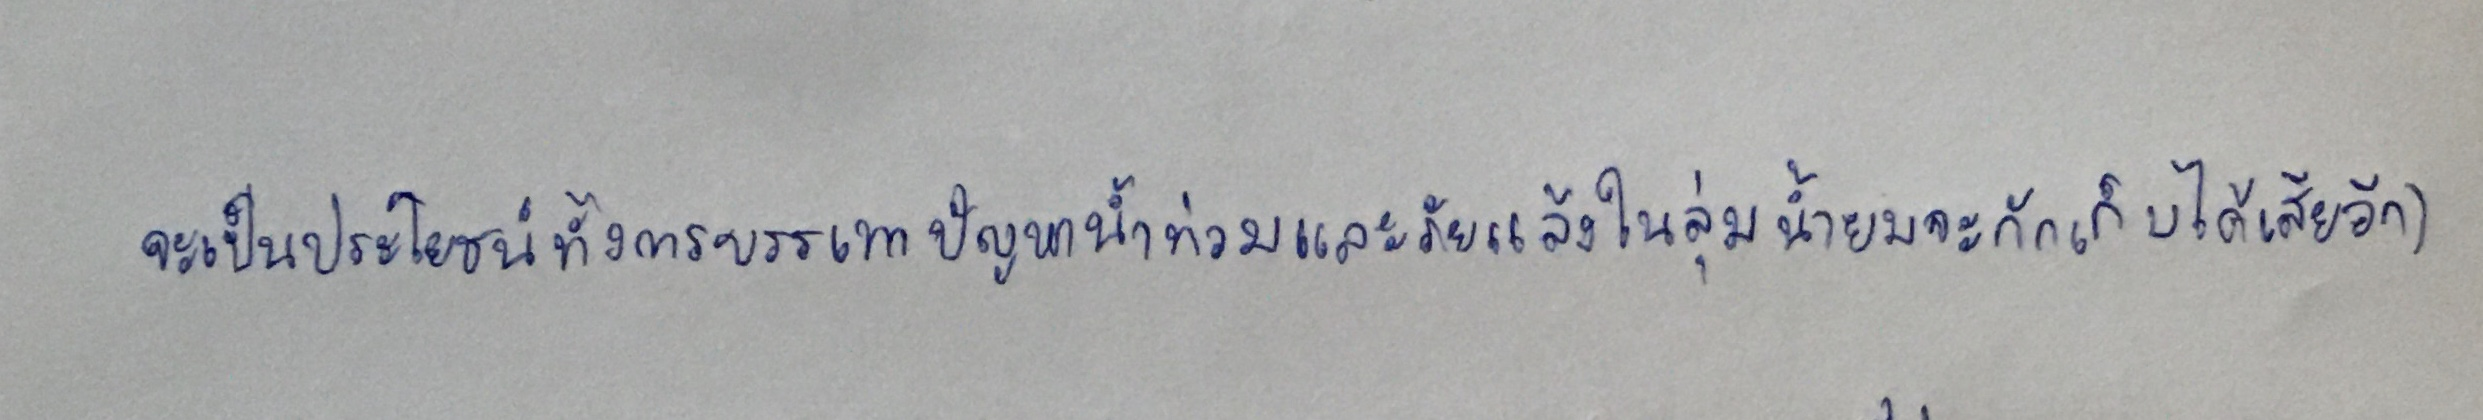
จะเป็นประโยชน์ทั้งการบรรเทาปัญหาน้ำท่วมและภัยแล้งในลุ่มน้ำยมจะกักเก็บได้เสียอีก)